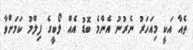
ތެއާ އަކީ މިއަހަރު ނެރުނު އެންމެ ބޮޑު އެއް ލޯބީގެ ފިލްމު ކަމަށްވާ